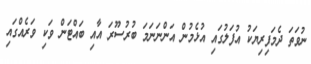
ނުވަތަ ދެމަފިރިޔަކު އުފަލުގައި އުޅެމުން އަންނަނަމަ ބުރުސޫރަ އާއި ބައްޓަން ވަކި ވަރެއްގައި